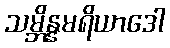
သမ္ဘိန္နမရိယာဒေါ